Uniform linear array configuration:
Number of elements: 24
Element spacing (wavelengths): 0.5
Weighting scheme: uniform
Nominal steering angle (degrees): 15
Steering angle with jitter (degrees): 14.631
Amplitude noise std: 0.05
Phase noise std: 0.05

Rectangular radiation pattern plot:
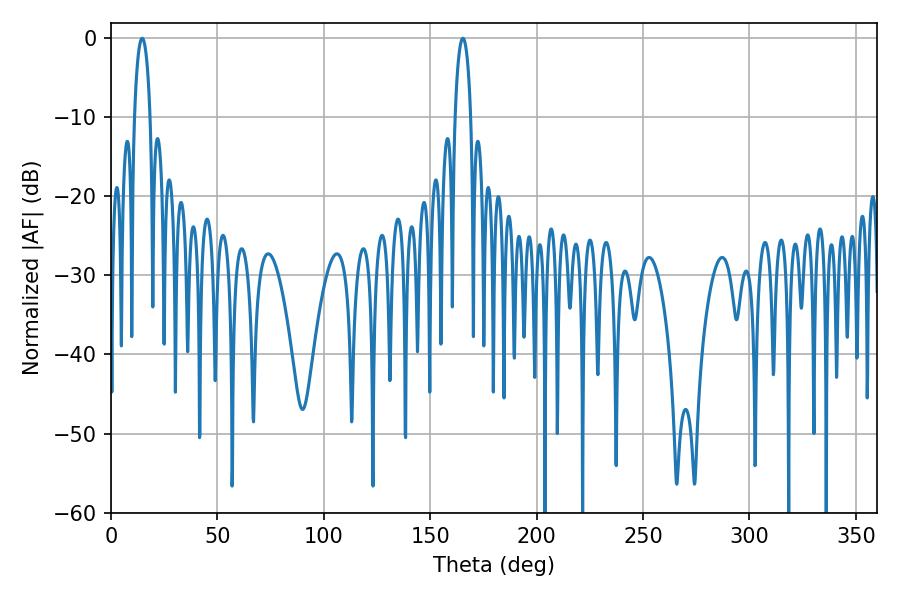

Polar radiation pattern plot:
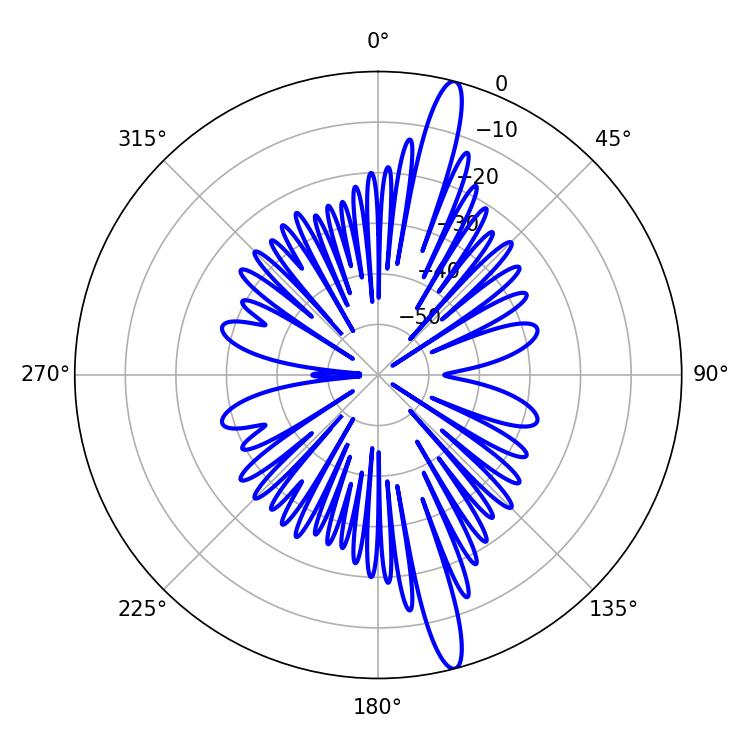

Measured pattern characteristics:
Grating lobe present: FALSE
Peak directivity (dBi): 16.685
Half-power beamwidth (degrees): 4.14
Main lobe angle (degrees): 14.58